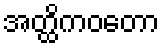
အတ္ထိကဝတော